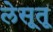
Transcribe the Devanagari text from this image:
लेसूतू